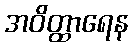
အဝိတ္ထာရေန